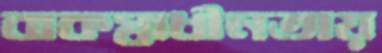
বাকস্বাধীনতায়